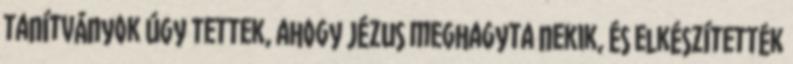
tanítványok úgy tettek, ahogy Jézus meghagyta nekik, és elkészítették